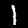
Label: 1